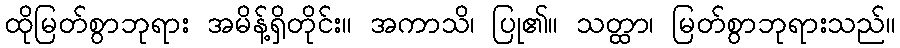
ထိုမြတ်စွာဘုရား အမိန့်ရှိတိုင်း။ အကာသိ၊ ပြု၏။ သတ္ထာ၊ မြတ်စွာဘုရားသည်။